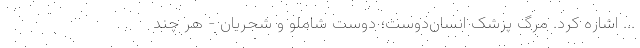
... اشاره کرد. مرگ پزشک انسان‌دوست؛ دوستِ شاملو و شجریان - هر چند